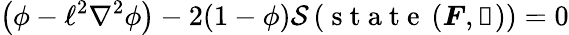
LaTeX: \left(\phi-\ell^{2}\nabla^{2}\phi\right)-2(1-\phi)\mathcal{S}\left(\mathrm{~s~t~a~t~e~}\left(\boldsymbol{F},\boldsymbol{\upalpha}\right)\right)=0